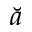
\breve { a }